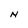
Character: N